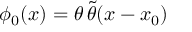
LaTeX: \phi _ { 0 } ( x ) = \theta \, \tilde { \theta } ( x - x _ { 0 } )